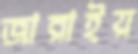
জারাইয়